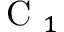
\mathrm { ~ C ~ } _ { 1 }